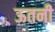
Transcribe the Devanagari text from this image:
ऊतनी